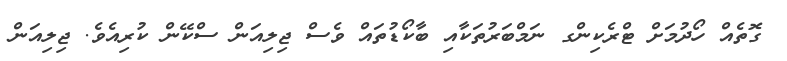
ގޮތެއް ހޯދުމަށް ޓްރެކިންގ ނަމްބަރުތަކާއި ބާކޯޑުތައް ވެސް ޖިލިއަން ސްކޭން ކުރިއެވެ. ޖިލިއަން